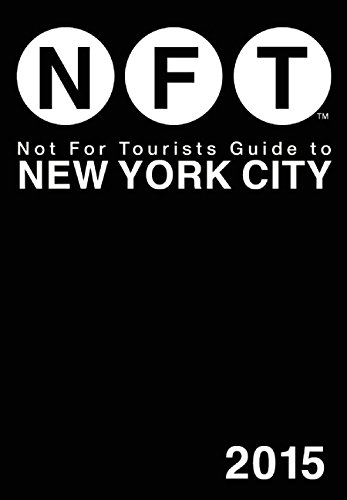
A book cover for Not For Tourists Guide to New York City 2015; Not For Tourists; Reference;